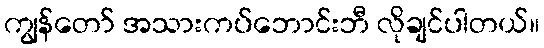
ကျွန်တော် အသားကပ်ဘောင်းဘီ လိုချင်ပါတယ်။